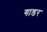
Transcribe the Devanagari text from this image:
गाडर